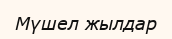
Мүшел жылдар